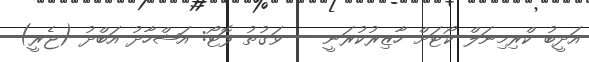
އަދީބު ކްރިމިނަލް ކޯޓަށް ހާޒިރުކުރަނީ -- ވަގުތު ފޮޓޯ: އަޝްހާދު އަބްދު (ޖެރީ)